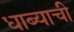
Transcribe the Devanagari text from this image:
धाब्याची